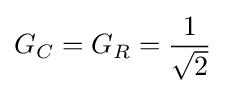
G_{C}=G_{R}={\frac {1}{\sqrt {2}}}